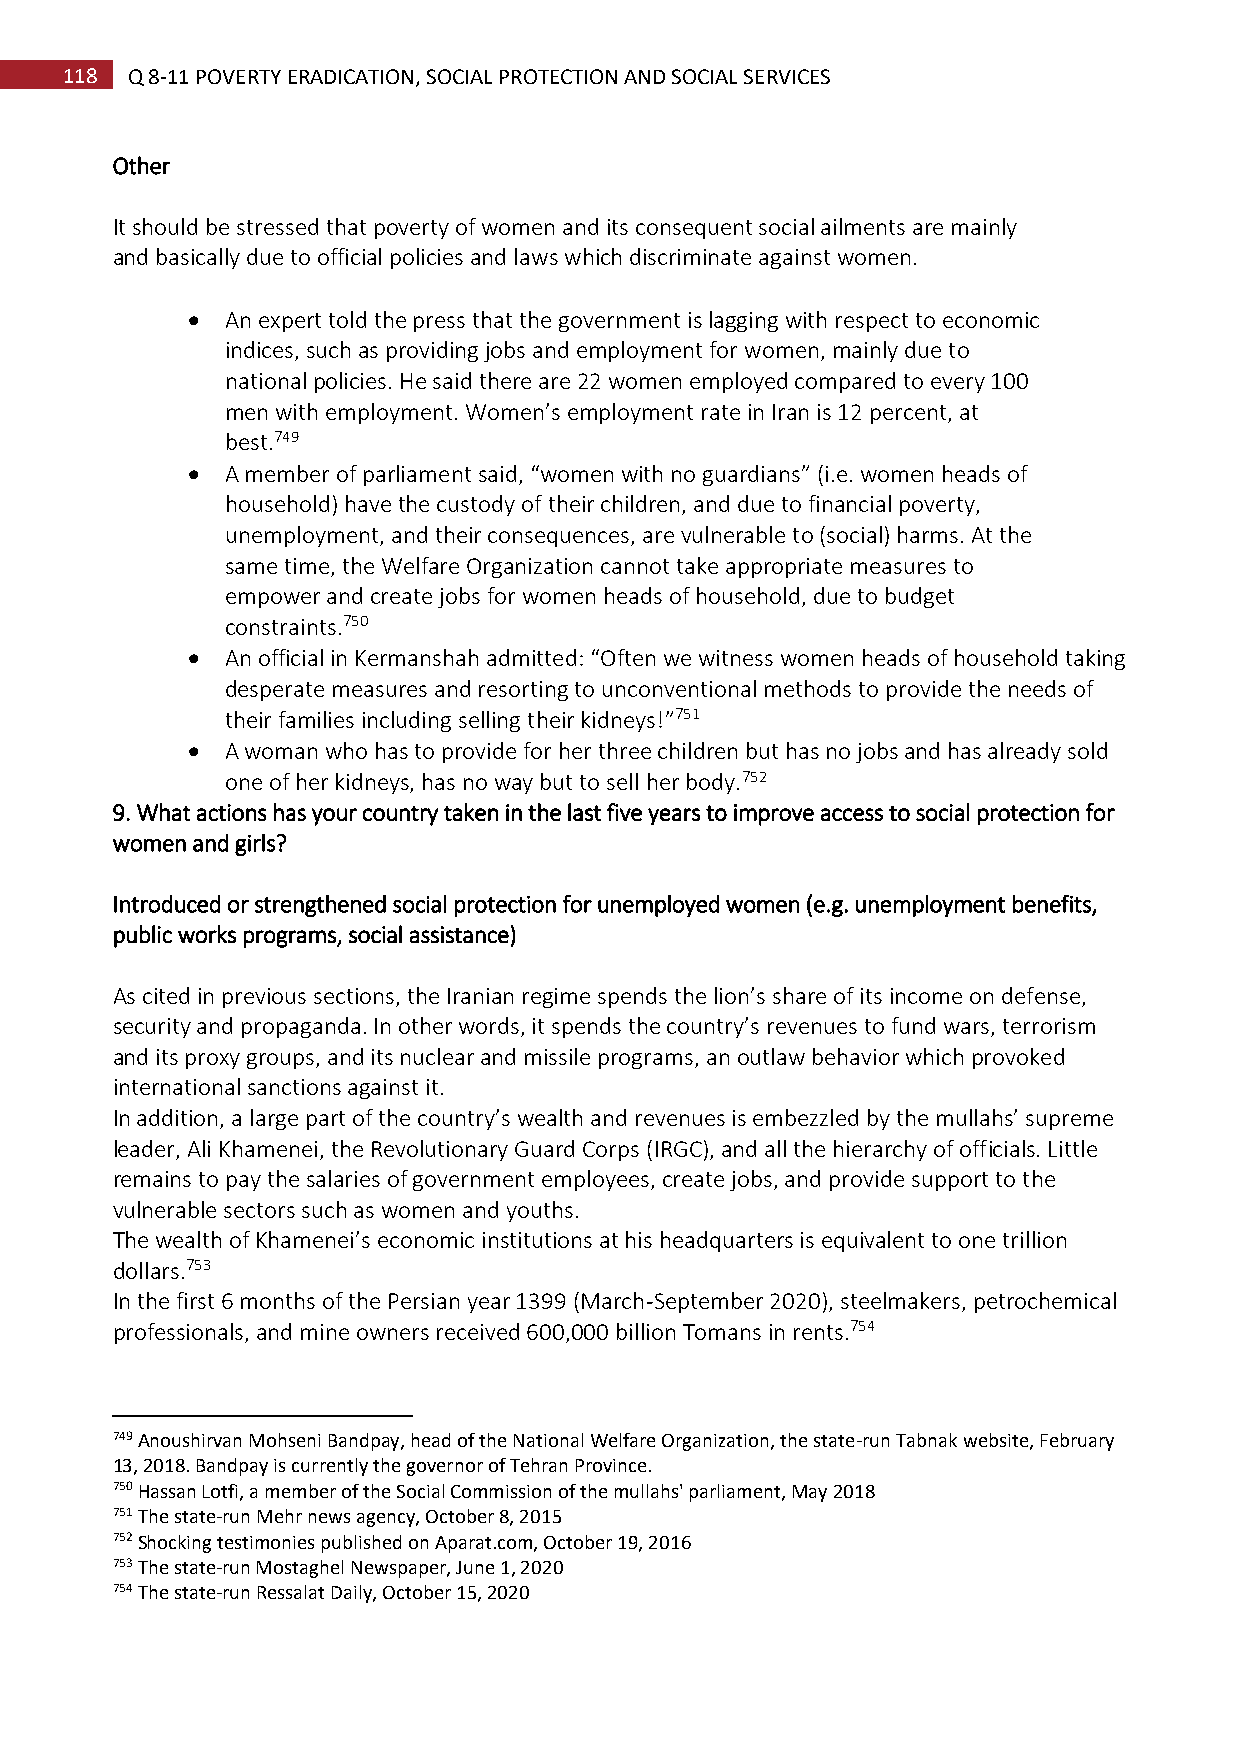
118 Q 8-11 POVERTY ERADICATION, SOCIAL PROTECTION AND SOCIAL SERVICES
 Other
 It should be stressed that poverty of women and its consequent social ailments are mainly
 and basically due to official policies and laws which discriminate against women.
   An expert told the press that the government is lagging with respect to economic
 indices, such as providing jobs and employment for women, mainly due to
 national policies. He said there are 22 women employed compared to every 100
 men with employment. Women’s employment rate in Iran is 12 percent, at
 best.749
   A member of parliament said, “women with no guardians” (i.e. women heads of
 household) have the custody of their children, and due to financial poverty,
 unemployment, and their consequences, are vulnerable to (social) harms. At the
 same time, the Welfare Organization cannot take appropriate measures to
 empower and create jobs for women heads of household, due to budget
 constraints.750
   An official in Kermanshah admitted: “Often we witness women heads of household taking
 desperate measures and resorting to unconventional methods to provide the needs of
 their families including selling their kidneys!”751
   A woman who has to provide for her three children but has no jobs and has already sold
 one of her kidneys, has no way but to sell her body.752
 9. What actions has your country taken in the last five years to improve access to social protection for
 women and girls?
 Introduced or strengthened social protection for unemployed women (e.g. unemployment benefits,
 public works programs, social assistance)
 As cited in previous sections, the Iranian regime spends the lion’s share of its income on defense,
 security and propaganda. In other words, it spends the country’s revenues to fund wars, terrorism
 and its proxy groups, and its nuclear and missile programs, an outlaw behavior which provoked
 international sanctions against it.
 In addition, a large part of the country’s wealth and revenues is embezzled by the mullahs’ supreme
 leader, Ali Khamenei, the Revolutionary Guard Corps (IRGC), and all the hierarchy of officials. Little
 remains to pay the salaries of government employees, create jobs, and provide support to the
 vulnerable sectors such as women and youths.
 The wealth of Khamenei’s economic institutions at his headquarters is equivalent to one trillion
 dollars.753
 In the first 6 months of the Persian year 1399 (March-September 2020), steelmakers, petrochemical
 professionals, and mine owners received 600,000 billion Tomans in rents.754
 749 Anoushirvan Mohseni Bandpay, head of the National Welfare Organization, the state-run Tabnak website, February
 13, 2018. Bandpay is currently the governor of Tehran Province.
 750 Hassan Lotfi, a member of the Social Commission of the mullahs' parliament, May 2018
 751 The state-run Mehr news agency, October 8, 2015
 752 Shocking testimonies published on Aparat.com, October 19, 2016
 753 The state-run Mostaghel Newspaper, June 1, 2020
 754 The state-run Ressalat Daily, October 15, 2020